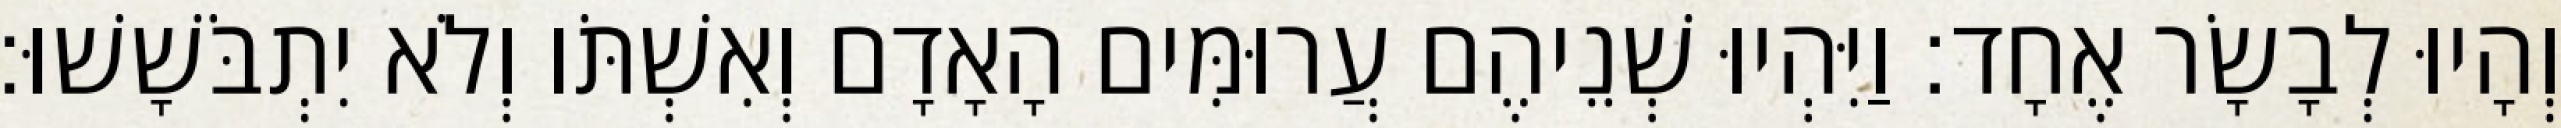
וְהָיוּ לְבָשָׂר אֶחָד׃ וַיִּהְיוּ שְׁנֵיהֶם עֲרוּמִּים הָאָדָם וְאִשְׁתֹּו וְלֹא יִתְבֹּשָׁשׁוּ׃